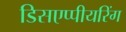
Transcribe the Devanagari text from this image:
डिसएप्पीयरिंग